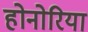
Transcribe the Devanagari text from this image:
होनोरिया